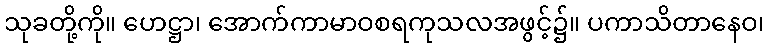
သုခတို့ကို။ ဟေဋ္ဌာ၊ အောက်ကာမာဝစရကုသလအဖွင့်၌။ ပကာသိတာနေဝ၊